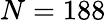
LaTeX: N=188